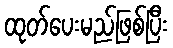
ထုတ်ပေးမည်ဖြစ်ပြီး